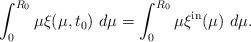
LaTeX: \begin{align*}\int_{0}^{R_{0}}\mu\xi(\mu,t_{0})\ d\mu=\int_{0}^{R_{0}}\mu\xi^{\mathrm{in}}(\mu)\ d\mu.\end{align*}